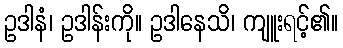
ဥဒါနံ၊ ဥဒါန်းကို။ ဥဒါနေသိ၊ ကျူးရင့်၏။